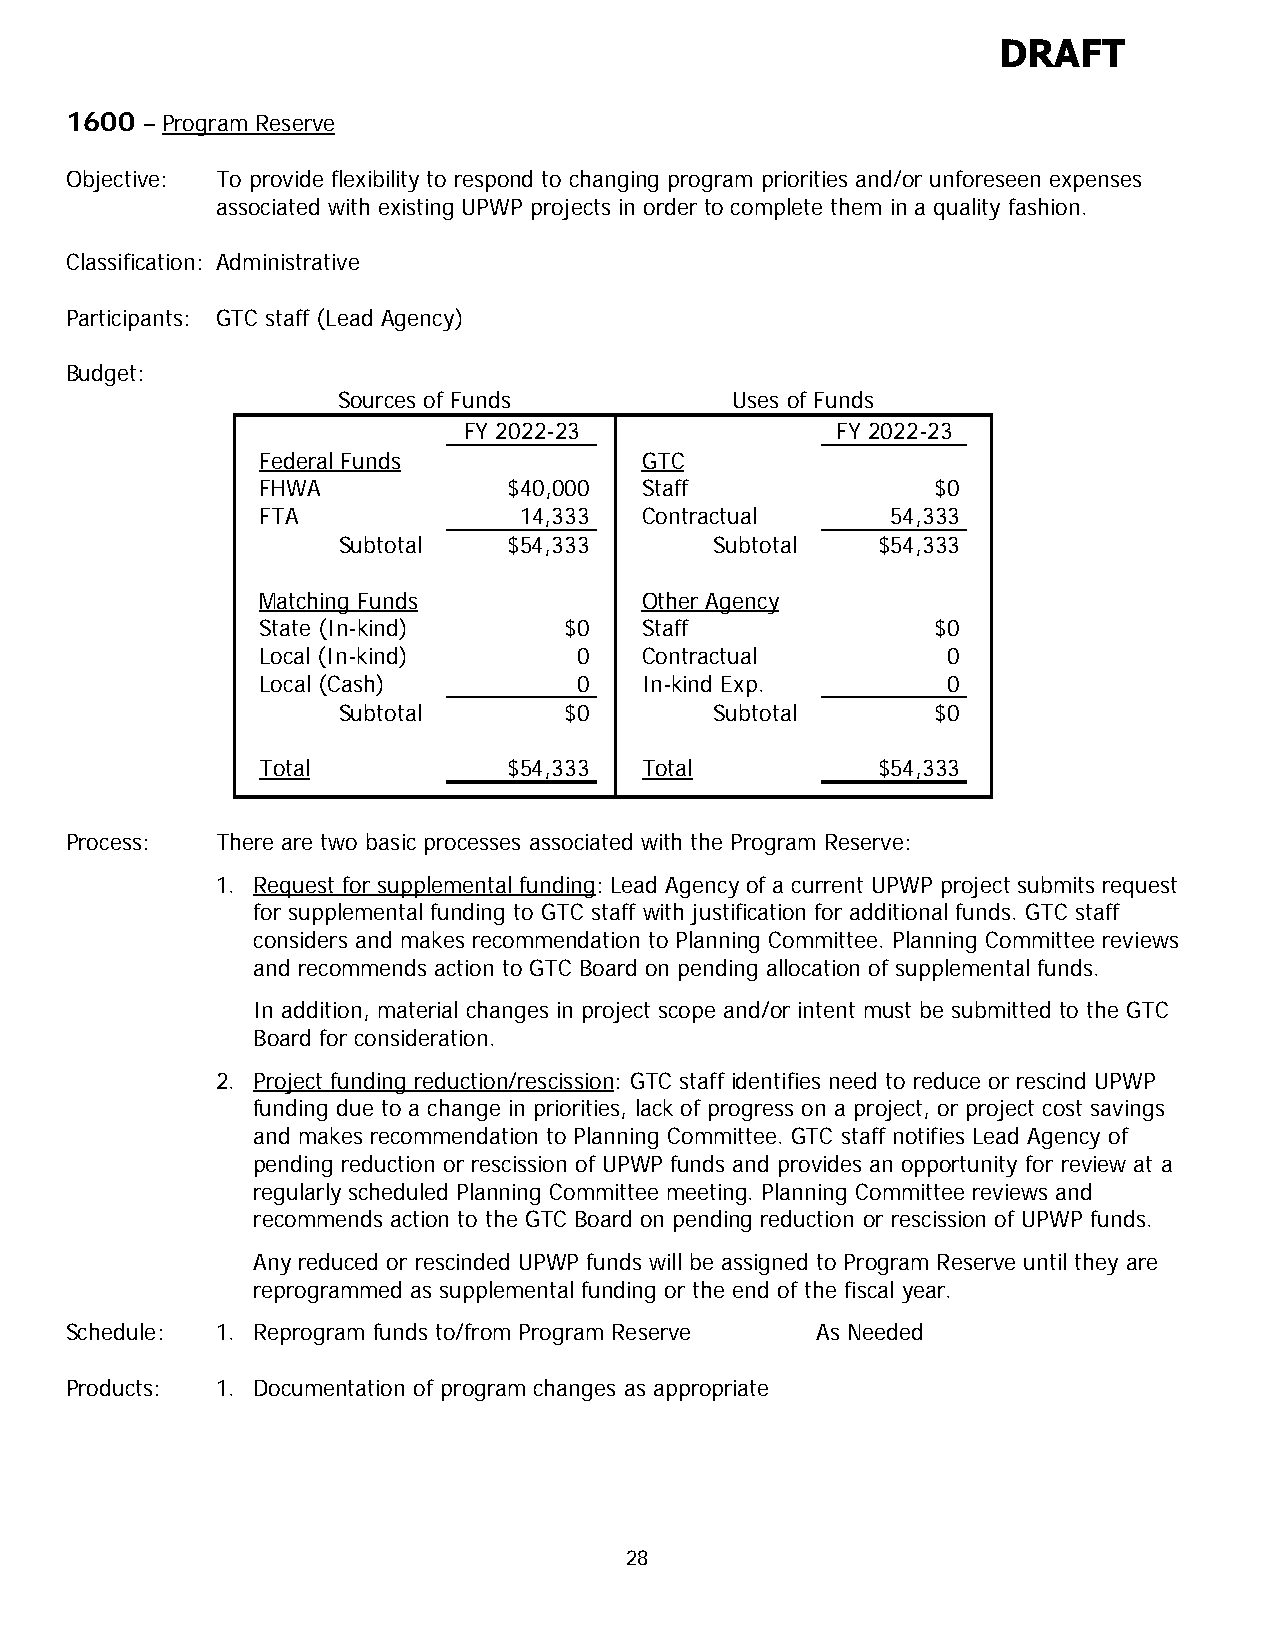
DRAFT
 1600 – Program Reserve
 Objective: To provide flexibility to respond to changing program priorities and/or unforeseen expenses
 associated with existing UPWP projects in order to complete them in a quality fashion.
 Classification: Administrative
 Participants: GTC staff (Lead Agency)
 Budget:
 Sources of Funds          Uses of Funds
 FY 2022-23              FY 2022-23
 Federal Funds            GTC
 FHWA             $40,000 Staff               $0
 FTA              14,333  Contractual      54,333
 Subtotal    $54,333      Subtotal   $54,333
 Matching Funds           Other Agency
 State (In-kind)     $0   Staff               $0
 Local (In-kind)      0   Contractual          0
 Local (Cash)         0   In-kind Exp.         0
 Subtotal       $0        Subtotal       $0
 Total            $54,333 Total           $54,333
 Process:  There are two basic processes associated with the Program Reserve:
 1. Request for supplemental funding: Lead Agency of a current UPWP project submits request
 for supplemental funding to GTC staff with justification for additional funds. GTC staff
 considers and makes recommendation to Planning Committee. Planning Committee reviews
 and recommends action to GTC Board on pending allocation of supplemental funds.
 In addition, material changes in project scope and/or intent must be submitted to the GTC
 Board for consideration.
 2. Project funding reduction/rescission: GTC staff identifies need to reduce or rescind UPWP
 funding due to a change in priorities, lack of progress on a project, or project cost savings
 and makes recommendation to Planning Committee. GTC staff notifies Lead Agency of
 pending reduction or rescission of UPWP funds and provides an opportunity for review at a
 regularly scheduled Planning Committee meeting. Planning Committee reviews and
 recommends action to the GTC Board on pending reduction or rescission of UPWP funds.
 Any reduced or rescinded UPWP funds will be assigned to Program Reserve until they are
 reprogrammed as supplemental funding or the end of the fiscal year.
 Schedule: 1. Reprogram funds to/from Program Reserve As Needed
 Products: 1. Documentation of program changes as appropriate
 28